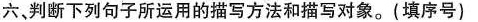
六，判断下列句子所运用的描写方法和描写对象。(填序号)